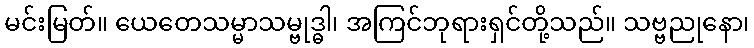
မင်းမြတ်။ ယေတေသမ္မာသမ္ဗုဒ္ဓါ၊ အကြင်ဘုရားရှင်တို့သည်။ သဗ္ဗညုနော၊